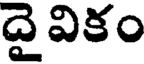
దైవికం